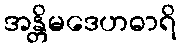
အန္တိမဒေဟဓာရိ